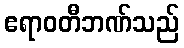
ဧရာဝတီဘဏ်သည်